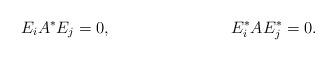
LaTeX: \begin{align*} E_i A^* E_j &= 0, & E^*_i A E^*_j &= 0.\end{align*}